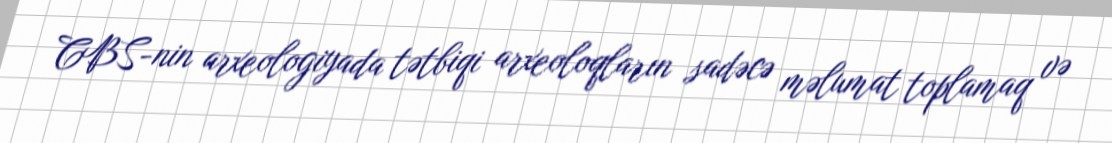
CBS-nin arxeologiyada tətbiqi arxeoloqların sadəcə məlumat toplamaq və